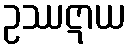
ဥဿဋာယ